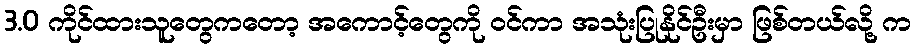
3.0 ကိုင်ထားသူတွေကတော့ အကောင့်တွေကို ဝင်ကာ အသုံးပြုနိုင်ဦးမှာ ဖြစ်တယ်လို့ က